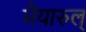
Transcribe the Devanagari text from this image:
मैयारुल्